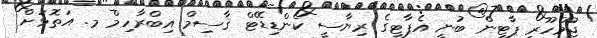
ޖުމްހޫރީ ޕާޓީން ބުނީ އެޕާޓީގެ ރިޔާސީ ކެންޑިޑޭޓް ޤާސިމް އިބްރާހިމް މ. އަތޮޅަށް